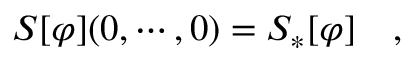
S [ \varphi ] ( 0 , \cdots , 0 ) = S _ { * } [ \varphi ] \quad ,